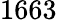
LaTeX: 1663